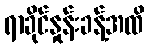
ရာခိုင်နှုန်းခန့်အထိ